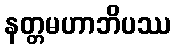
နတ္တမဟာဘိပဿ